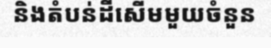
និងតំបន់ដីសើមមួយចំនួន